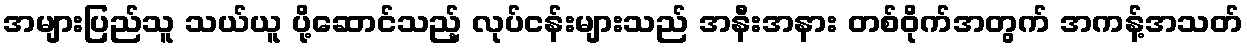
အများပြည်သူ သယ်ယူ ပို့ဆောင်သည့် လုပ်ငန်းများသည် အနီးအနား တစ်ဝိုက်အတွက် အကန့်အသတ်